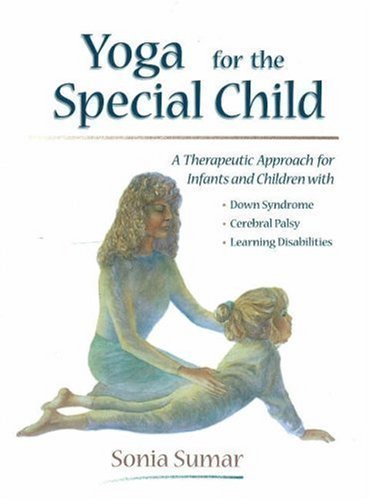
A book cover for Yoga for the Special Child: A Therapeutic Approach for Infants and Children with Down Syndrome, Cerebral Palsy and Learning Disabilities by Sonia Sumar (2007); Health, Fitness & Dieting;